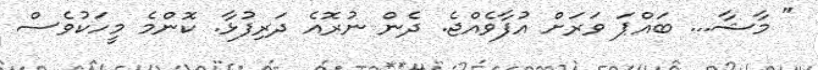
" މާޝާ... ބައްޕަ ވަރަށް އުފާވެއްޖެ. ދެން ނުރޮއެ ދަރިފުޅާ. ކޮންމެ މީހަކުވެސް